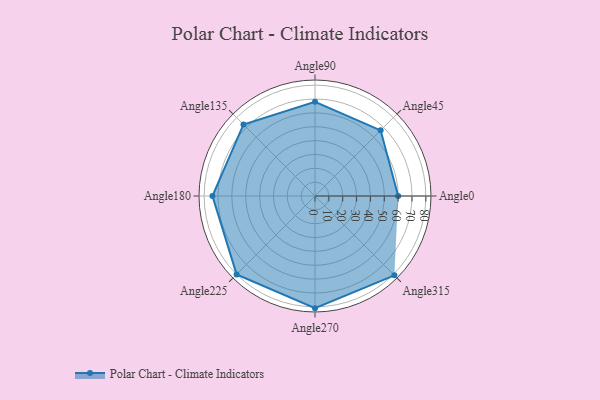
{"axis": {"x": "Angle", "y": "Radius"}, "legend": [""], "data": [{"x": "Angle0", "y": 60.0, "type": ""}, {"x": "Angle45", "y": 67.0, "type": ""}, {"x": "Angle90", "y": 68.0, "type": ""}, {"x": "Angle135", "y": 73.0, "type": ""}, {"x": "Angle180", "y": 74.0, "type": ""}, {"x": "Angle225", "y": 80.0, "type": ""}, {"x": "Angle270", "y": 81.0, "type": ""}, {"x": "Angle315", "y": 81.0, "type": ""}]}